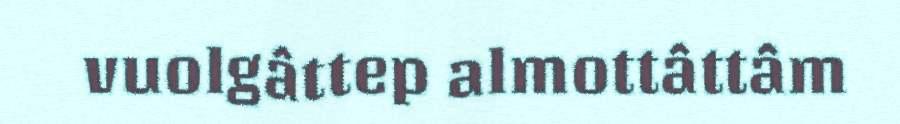
vuolgâttep almottâttâm